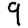
Digit: 9